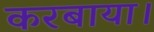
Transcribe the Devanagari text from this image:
करबाया।